Annual report of the Madras Medical College
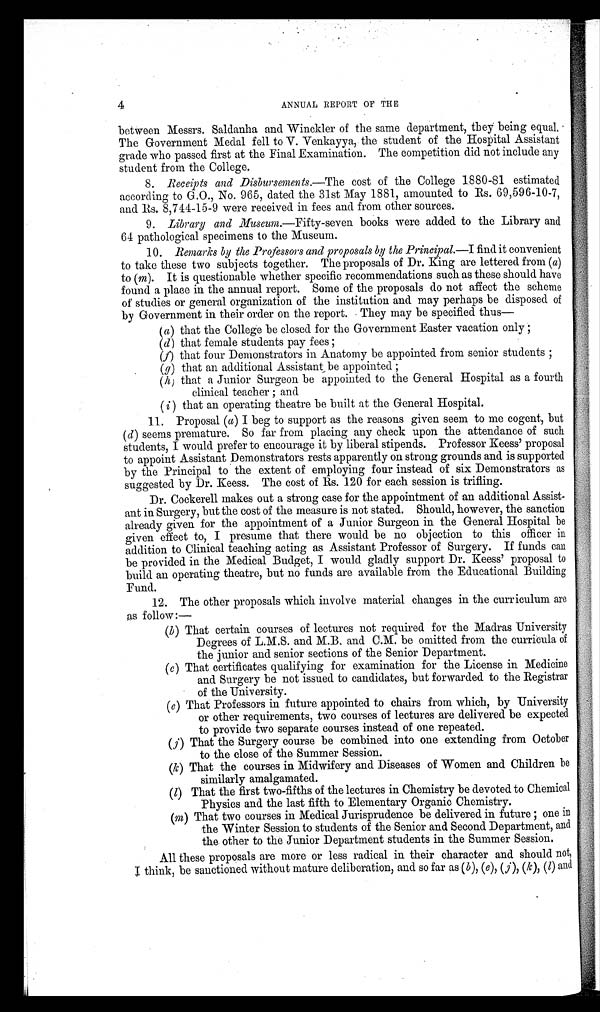
4
ANNUAL REPORT OF THE
between Messrs. Saldanha and Winckler of the same department, they being equal.
The Government Medal fell to V. Venkayya, the student of the Hospital Assistant
grade who passed first at the Final Examination. The competition did not include any
student from the College.
8. Receipts and Disbursements.—The cost of the College 1880-81 estimated
according to G.O., No. 965, dated the 31st May 1881, amounted to Rs. 69,596-10-7,
and Rs. 8,744-15-9 were received in fees and from other sources.
9. Library and Museum. —Fifty-seven books were added to the Library and
64 pathological specimens to the Museum.
10. Remarks by the Professors and proposals by the Principal.—I find it convenient
to take these two subjects together. The proposals of Dr. King are lettered from (a)
to (m). It is questionable whether specific recommendations such as these should have
found a place in the annual report. Some of the proposals do not affect the scheme
of studies or general organization of the institution and may perhaps be disposed of
by Government in their order on the report. They may be specified thus—
(a) that the College be closed for the Government Easter vacation only
(d) that female students pay fees ;
(f) that four Demonstrators in Anatomy be appointed from senior students ;
(g) that an additional Assistant be appointed
;
(h) that a Junior Surgeon be appointed to the General Hospital as a fourth
clinical teacher ; and
(i) that an operating theatre be built at the General Hospital.
11. Proposal (a) I beg to support as the reasons given seem to me cogent, but
( d) seems premature. So far from placing any check upon the attendance of such
students, I would prefer to encourage it by liberal stipends. Professor Keess' proposal
to appoint Assistant Demonstrators rests apparently on strong grounds and is supported
by the Principal to the extent of employing four instead of six Demonstrators as
suggested by Dr. Keess. The cost of Rs. 120 for each session is trifling.
Dr. Cockerell makes out a strong case for the appointment of an additional Assist
ant in Surgery, but the cost of the measure is not stated. Should, however, the sanction
already given for the appointment of a Junior Surgeon in the General Hospital be
given effect to, I presume that there would be no objection to this officer in
addition to Clinical teaching acting as Assistant Professor of Surgery. If funds can
be provided in the Medical Budget, I would gladly support Dr. Keess' proposal to
build an operating theatre, but no funds are available from the Educational Building
Fund.
12. The other proposals which involve material changes in the curriculum are
as follow :-
(b) That certain courses of lectures not required for the Madras University
Degrees of L.M.S. and M.B. and C.M. be omitted from the curricula of
the junior and senior sections of the Senior Department.
(c) That certificates qualifying for examination for the License in Medicine
and. Surgery be not issued to candidates, but forwarded to the Registrar
of the University.
(e) That Professors in. future appointed to chairs from which, by University
or other requirements, two courses of lectures are delivered be expected
to provide two separate courses instead of one repeated.
(j) That the Surgery course be combined into one extending from October
to the close of the Summer Session.
(k) That the courses in Midwifery and Diseases of Women and Children be
similarly amalgamated.
(1) That the first two-fifths of the lectures in Chemistry be devoted to Chemical
Physics and the last fifth to Elementary Organic Chemistry.
(m) That two courses in Medical Jurisprudence be delivered in future ; one in
the Winter Session to students of the Senior and Second Department, and
the other to the Junior Department students in the Summer Session.
All these proposals are more or less radical in their character and should not,
I think, be sanctioned without mature deliberation, and so far as (b), (e), (j), (k) (1) and